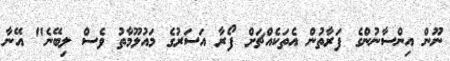
ނޫން އިންސާނުންގެ ފަރާތުން އެތަކެއްޗަށް ފޯރާ އަސަރުގެ މައުލޫމާތު ވެސް ލިބޭނެ" އޭނާ